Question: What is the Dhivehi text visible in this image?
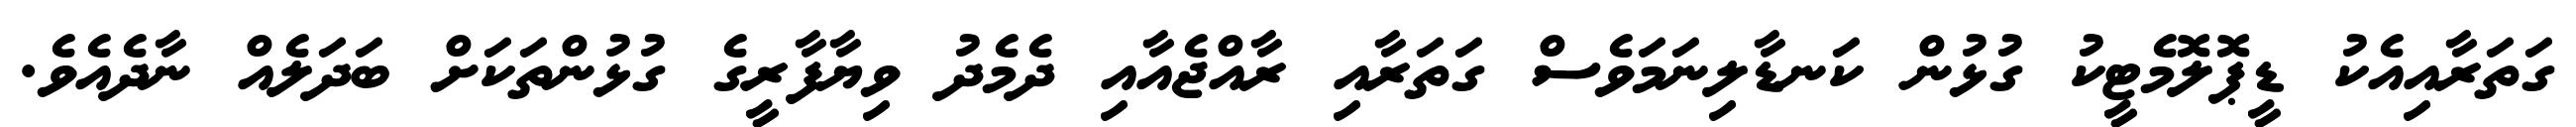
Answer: ގަތަރާއިއެކު ޑީޕޮލޮމެޓީކު ގުޅުން ކަނޑާލިނަމަވެސް ގަތަރާއި ރާއްޖެއާއި ދެމެދު ވިޔާފާރީގެ ގުޅުންތަކަށް ބަދަލެއް ނާދެއެވެ.